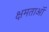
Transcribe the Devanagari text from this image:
क्षमताऑ